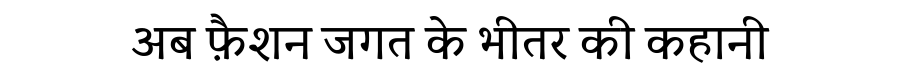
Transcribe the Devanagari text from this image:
अब फ़ैशन जगत के भीतर की कहानी